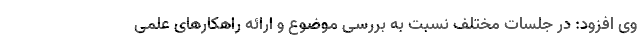
وی افزود: در جلسات مختلف نسبت به بررسی موضوع و ارائه راهکارهای علمی